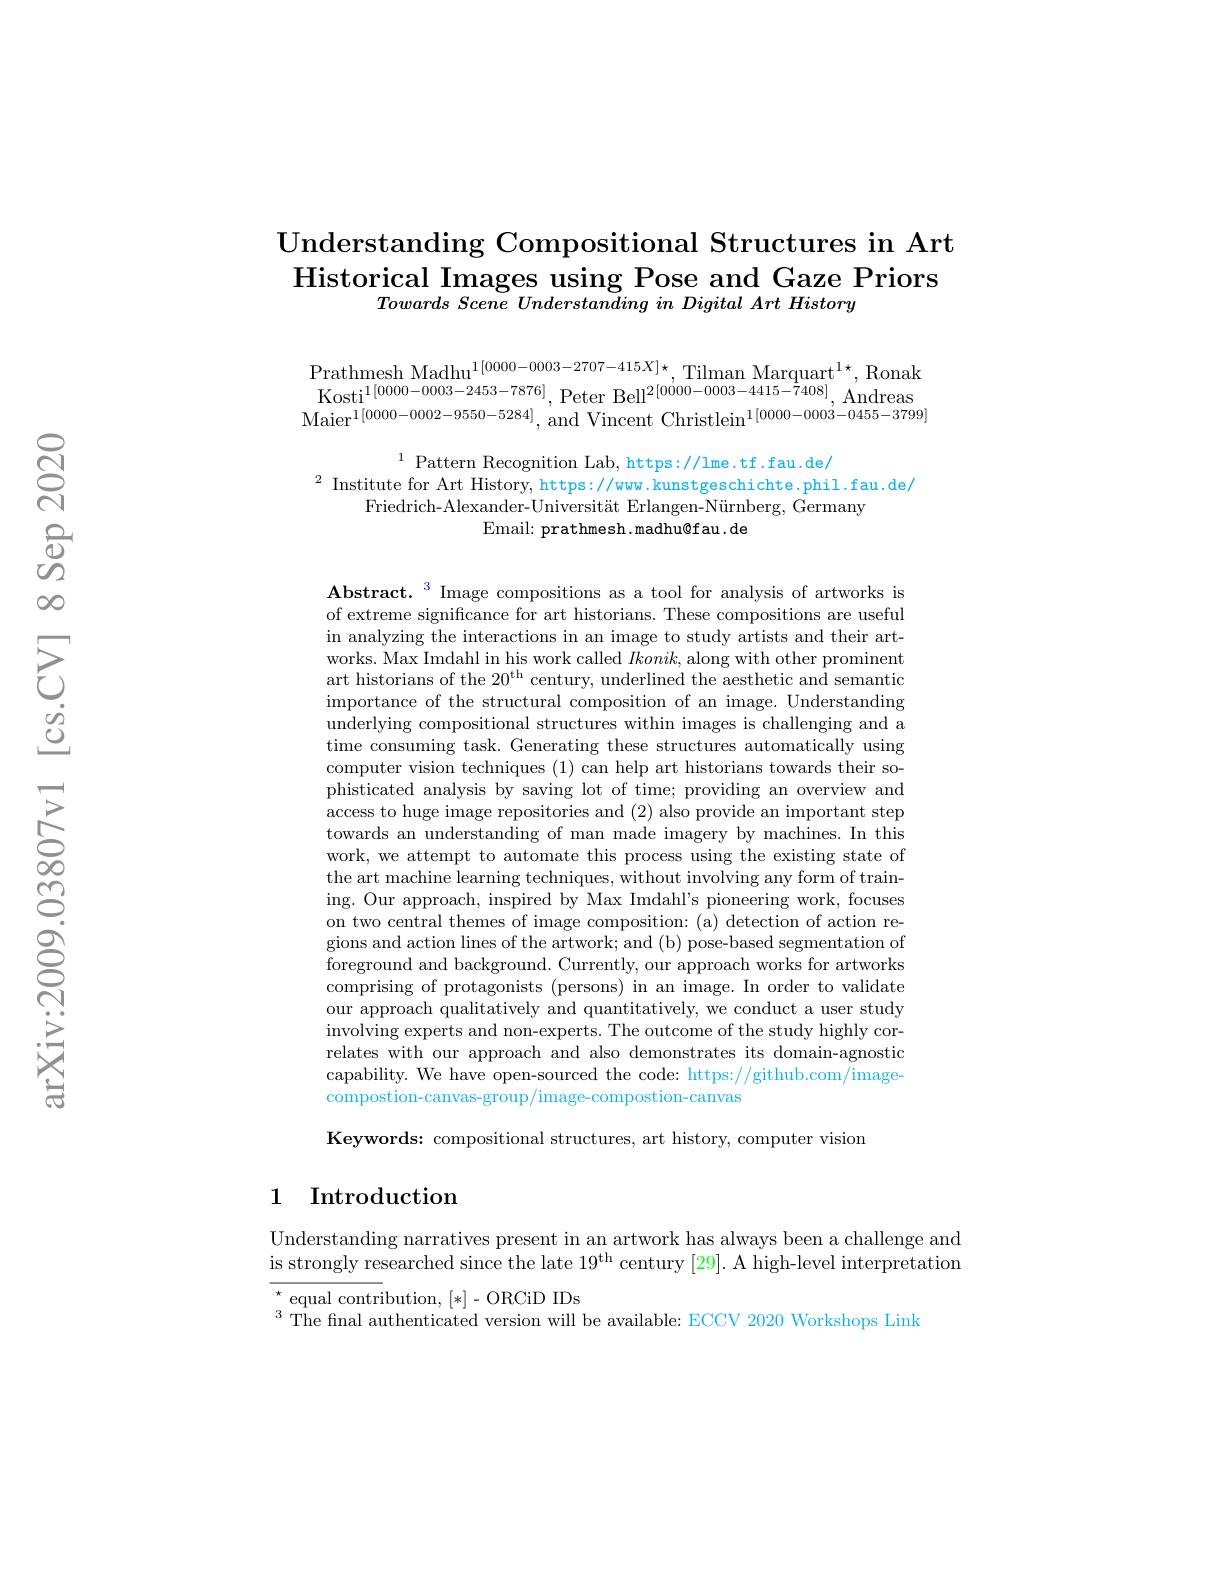
Understanding Compositional Structures in Art Historical Images using Pose and Gaze Priors
$\textit{Towards Scene Understanding in Digital Art History}$

$\begin{array}{l}{\text{Prathmesh Madhu}^{1[0000-0003-2707-415X]\star},\mathrm{Tilman~Marquart}^{1\star},\mathrm{Ronak}}\\{\text{Kosti}^{1[0000-0003-2453-7876]},\mathrm{Peter~Bell}^{2[0000-0003-4415-7408]},\mathrm{Andreas}}\end{array}$ Maier$^1[0000-0002-9550-5284]$, and Vincent Christlein$^{1[0000-0003-0455-3799]}$

$^{1}$ Pattern Recognition Lab, https://lme.tf.fau.de/
$^{2}$ Institute for Art History, https://ww. kunstgeschichte.phil.fau.de/
Friedrich-Alexander-Universität Erlangen-Nürnberg, Germany
Email: prathmesh. madhu@fau. de

Abstract.$^{\color{#C000}3}$ Image compositions as a tool for analysis of artworks is of extreme significance for art historians. These compositions are useful in analyzing the interactions in an image to study artists and their artworks. Max Imdahl in his work called $Ikonik$, along with other prominent art historians of the $20^\mathrm{th}$ century, underlined the aesthetic and semantic importance of the structural composition of an image. Understanding underlying compositional structures within images is challenging and a time consuming task. Generating these structures automatically using computer vision techniques (1) can help art historians towards their sophisticated analysis by saving lot of time; providing an overview and access to huge image repositories and (2) also provide an important step towards an understanding of man made imagery by machines. In this work, we attempt to automate this process using the existing state of the art machine learning techniques, without involving any form of training. Our approach, inspired by Max Imdahl's pioneering work, focuses on two central themes of image composition: (a) detection of action regions and action lines of the artwork; and (b) pose-based segmentation of foreground and background. Currently, our approach works for artworks comprising of protagonists (persons) in an image. In order to validate our approach qualitatively and quantitatively, we conduct a user study involving experts and non-experts. The outcome of the study highly correlates with our approach and also demonstrates its domain-agnostic capability. We have open-sourced the code: https://github.com/imagecompostion-canvas-group/image-compostion-canvas
Keywords: compositional structures, art history, computer vision

## 1 Introduction

Understanding narratives present in an artwork has always been a challenge and $i$s strongly researched since the late $19^\mathrm{th}$ century [29]. A high-level interpretation ${}_{3}^{\star}$equal contribution, [*]-ORCiD IDs
$^{3}$ The final authenticated version will be available: ECCV 2020 Workshops Link